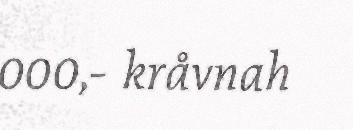
000,- kråvnah